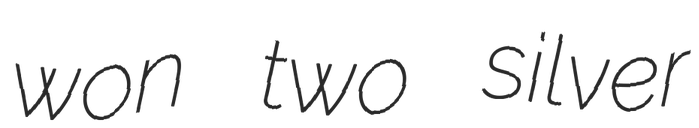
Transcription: won two silver